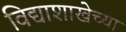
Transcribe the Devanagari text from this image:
विद्याशाखेच्या